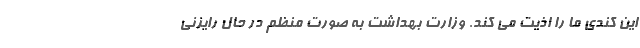
این کندی ما را اذیت می کند. وزارت بهداشت به صورت منظم در حال رایزنی